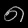
Digit: ၈